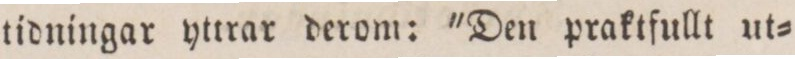
tidningar yttrar derom: 'Den praktfullt ut=